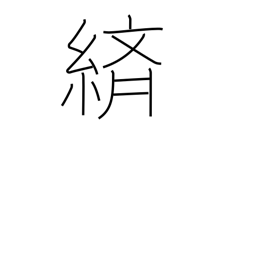
Meaning: splashed pattern dyeing or weaving